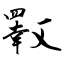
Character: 斁